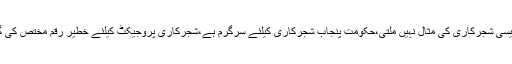
انہوں نے کہا کہ پنجاب میں وسیع پیمانے پر پودے لگائے جائیں گے،پاکستان کی تاریخ میں ایسی شجرکاری کی مثال نہیں ملتی،حکومت پنجاب شجرکاری کیلئے سرگرم ہے،شجرکاری پروجیکٹ کیلئے خطیر رقم مختص کی گئی ہے،جنگلات میں اضافے کا ہدف پورا کریں گے، پاکستان کو سرسبز و شاداب بنائیں گے۔